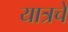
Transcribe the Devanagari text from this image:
यात्रचे